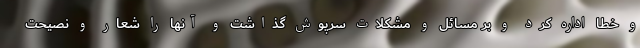
و خطا اداره کرد و بر مسائل و مشکلات سرپوش گذاشت و آنها را شعار و نصیحت